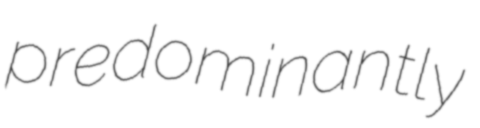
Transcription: predominantly